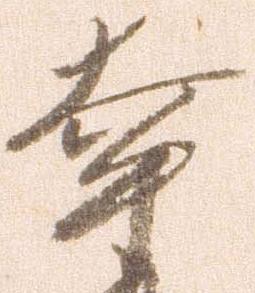
幸